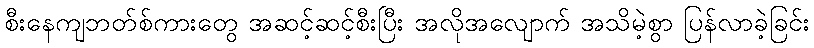
စီးနေကျဘတ်စ်ကားတွေ အဆင့်ဆင့်စီးပြီး အလိုအလျောက် အသိမဲ့စွာ ပြန်လာခဲ့ခြင်း